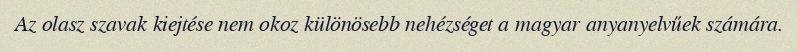
Az olasz szavak kiejtése nem okoz különösebb nehézséget a magyar anyanyelvűek számára.